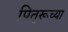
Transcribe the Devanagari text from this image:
पितृरूच्या